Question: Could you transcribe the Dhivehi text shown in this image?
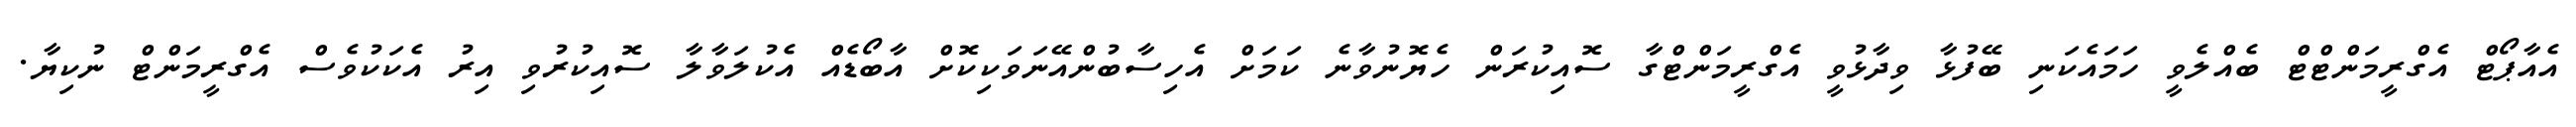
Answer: އެއާޕޯޓް އެގްރީމަންޓްޓް ބެއްލެވީ ހަމައެކަނި ބޭފުޅާ ވިދާޅުވީ އެގްރީމަންޓްގާ ސޮއިކުރަން ހެޔޮނުވާނެ ކަމަށް އެހިސާބުންއޭނަވަކިކޮށް އާބޯޑެއް އެކުލަވާލާ ސޮއިކުރުވި އިރު އެކަކުވެސް އެގްރީމަންޓް ނުކިޔާ.